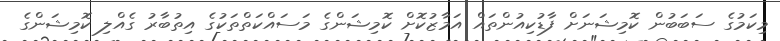
މިކަމުގެ ސަބަބުން ކޮމިޝަނަށް ފާޑުކިއުންތައް އަމާޒުކޮށް ކޮމިޝަންގެ މަސައްކަތްތަކުގެ އިތުބާރު ގެއްލި ކޮމިޝަންގެ